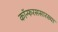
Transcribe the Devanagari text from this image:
कॉन्फरससारख्या